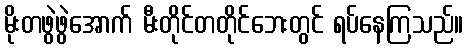
မိုးတဖွဲဖွဲအောက် မီးတိုင်တတိုင်ဘေးတွင် ရပ်နေကြသည်။